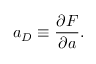
a _ { D } \equiv \frac { \partial { \cal F } } { \partial a } .